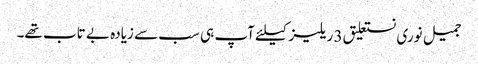
جمیل نوری نستعلیق 3 ریلیز کیلئے آپ ہی سب سے زیادہ بے تاب تھے۔